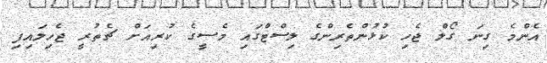
އެންމެ ގިނަ ގޯލް ޖެހި ކުޅުންތެރިންގެ ލިސްޓްގައި މެސީގެ ކުރިއަށް ޗެތުރީ ޖެހިލައިފި